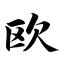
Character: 欧